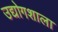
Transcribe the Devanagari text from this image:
उद्योगशाला